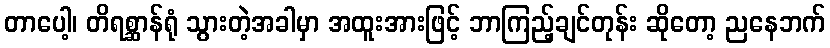
တာပေါ့၊ တိရစ္ဆာန်ရုံ သွားတဲ့အခါမှာ အထူးအားဖြင့် ဘာကြည့်ချင်တုန်း ဆိုတော့ ညနေဘက်